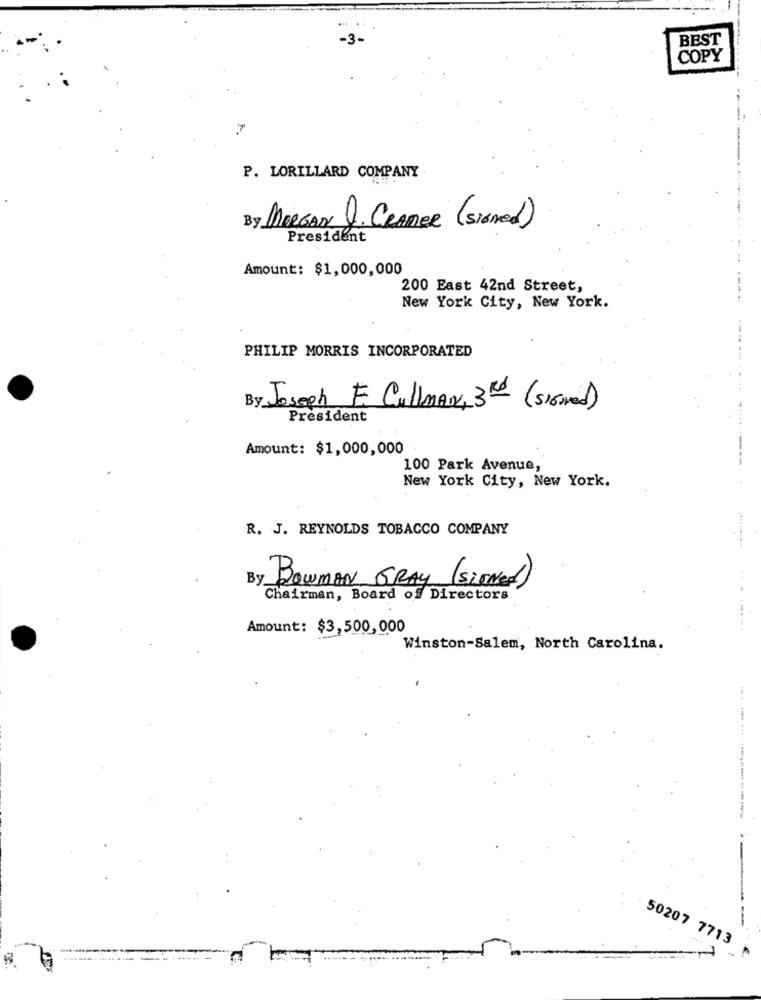
BEST
COPY
7
P. LORILLARD COMPANY
By MORGAN Q. CRAMER (siamed)
President
---...-
Amount: $1,000,000
200 East 42nd Street,
New York City, New York.
PHILIP MORRIS INCORPORATED
By Joseph E. Cullman, 3Rd (signed)
President
Amount: $1,000,000
100 Park Avenue,
New York City, New York.
R. J. REYNOLDS TOBACCO COMPANY
By
BOWMAN GRAY (signed)
Chairman, Board of Directors
Amount: $3,500,000
........
Winston-Salem, North Carolina.
------ ---------
-
50207 7713